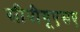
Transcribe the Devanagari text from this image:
सीपीयूएसए